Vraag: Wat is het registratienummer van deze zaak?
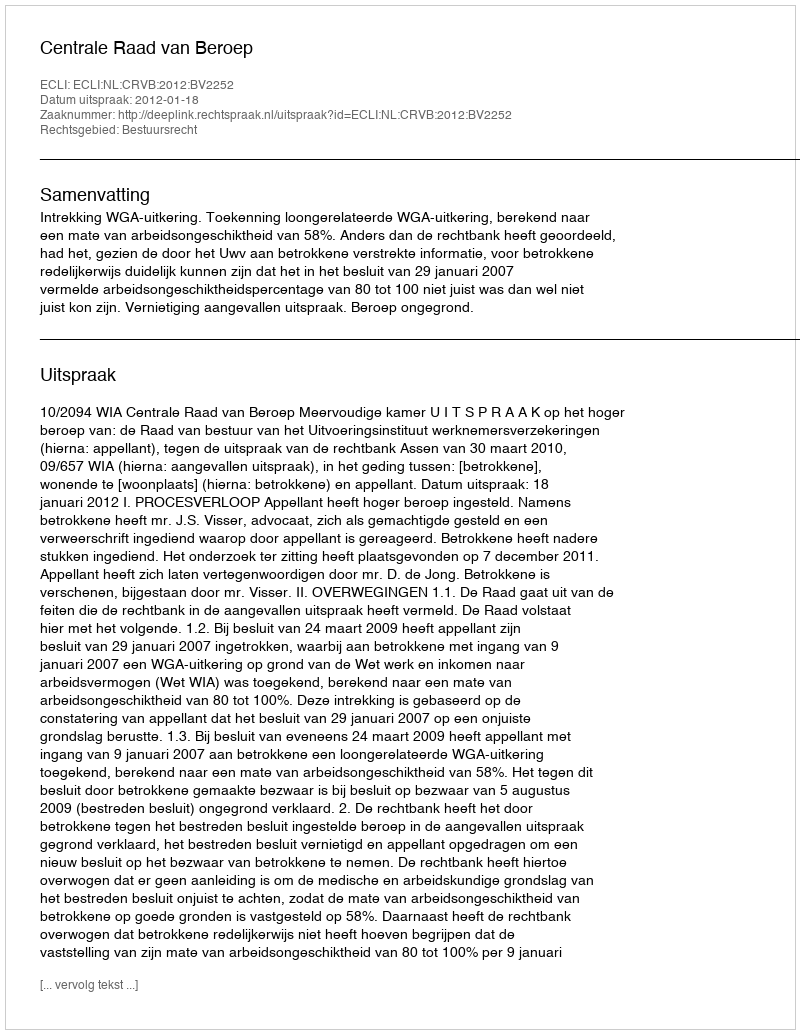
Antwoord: http://deeplink.rechtspraak.nl/uitspraak?id=ECLI:NL:CRVB:2012:BV2252